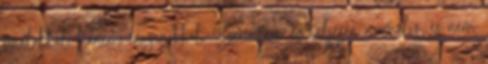
fonalakkal, hanem anyagokkal. Szerintem ez teljesen normális, és nem